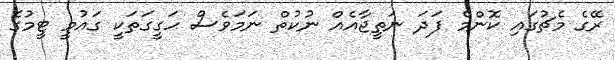
ރޭގެ މެޗުގައި ކޮންމެ ފަދަ ނަތީޖާއެއް ނުކުތް ނަމަވެސް ހަގީގަތަކީ ގައުމީ ޓީމުގެ